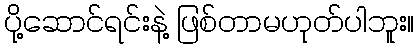
ပို့ဆောင်ရင်းနဲ့ ဖြစ်တာမဟုတ်ပါဘူး။